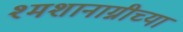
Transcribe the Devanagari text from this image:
श्मशानाग्नीच्या